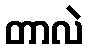
တာလဲ